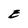
Character: E